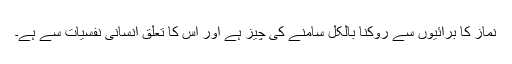
نماز کا برائیوں سے روکنا بالکل سامنے کی چیز ہے اور اس کا تعلق انسانی نفسیات سے ہے۔